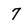
Character: 7